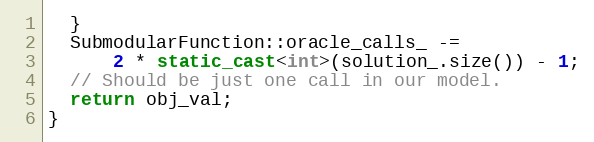
Language: C++
  }
  SubmodularFunction::oracle_calls_ -=
      2 * static_cast<int>(solution_.size()) - 1;
  // Should be just one call in our model.
  return obj_val;
}